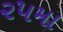
૨૫મા